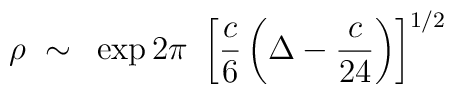
\rho ~\sim~\exp 2\pi~\left[ {c \over 6} \left( \Delta - {c \over 24}\right) \right]^{1/2}~